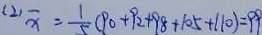
( 2 ) \overline { x } = \frac { 1 } { 5 } ( 9 0 + 9 2 + 9 8 + 1 0 5 + 1 1 0 ) = 9 9